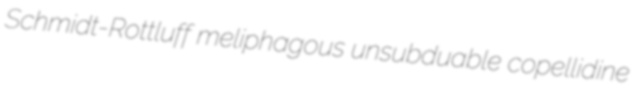
Schmidt-Rottluff meliphagous unsubduable copellidine